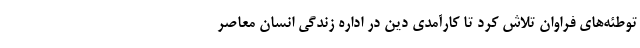
توطئه‌های فراوان تلاش کرد تا کارآمدی دین در اداره زندگی انسان معاصر